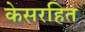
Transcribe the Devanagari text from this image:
केसरहित